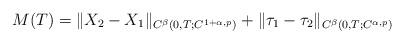
LaTeX: \begin{align*}M(T) = \|X_2-X_1\|_{C^{\beta}(0,T; C^{1+\alpha, p})} + \|\tau_1-\tau_2\|_{C^{\beta}(0,T; C^{\alpha,p})}\end{align*}